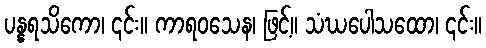
ပန္နရသိကော၊ ၎င်း။ ကာရဝသေန၊ ဖြင့်။ သံဃပေါသထော၊ ၎င်း။